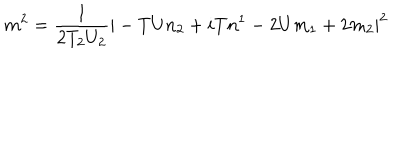
LaTeX: m ^ { 2 } = \frac { 1 } { 2 T _ { 2 } U _ { 2 } } | - T U n _ { 2 } + i T n ^ { 1 } - 2 U m _ { 1 } + 2 m _ { 2 } | ^ { 2 }